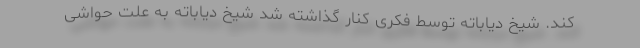
کند. شیخ دیاباته توسط فکری کنار گذاشته شد شیخ دیاباته به علت حواشی